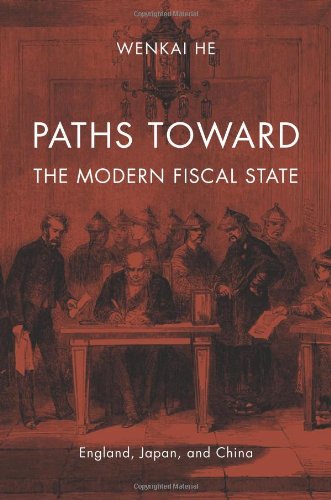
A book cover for Paths toward the Modern Fiscal State: England, Japan, and China; Wenkai He; Business & Money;